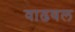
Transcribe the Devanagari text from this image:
वाढवल